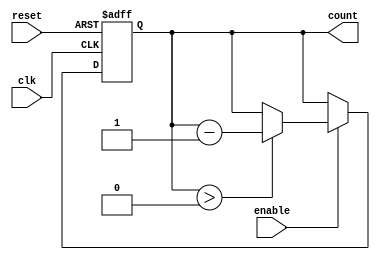
module down_counter (
    input wire clk,          // Clock signal
    input wire enable,       // Enable signal
    input wire reset,        // Reset signal
    output reg [N-1:0] count // Current count value
);
    parameter N = 8; // Define the maximum count value (e.g., 255 for an 8-bit counter)

    // Initial value of the counter
    initial begin
        count = N; // Start counting from maximum value
    end

    // Synchronous process for counting
    always @(posedge clk or posedge reset) begin
        if (reset) begin
            count <= N; // Reset the counter to maximum value
        end else if (enable) begin
            if (count > 0) begin
                count <= count - 1; // Decrement the counter
            end
            // If count is 0, it remains at 0
        end
    end
endmodule